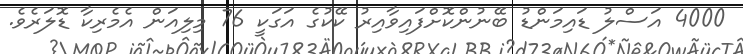
4000 އަސްލު ޑައިމަންޑު ބޭނުންކޮށްފައިވާއިރު ކޭކުގެ އަގަކީ 76 މިލިއަން އެމެރިކާ ޑޮލަރެވެ.